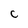
Character: c